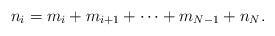
\begin{align*}n_i = m_i + m_{i+1} + \cdots + m_{N-1} + n_N.\end{align*}